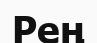
Рең